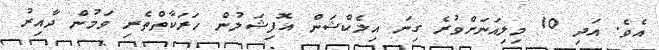
އެވެ. އަދި 10 މިލިއަނަށްވުރެ ގިނަ އިލެކްޝަން އޮފިޝަލުން ހަރަކާތްތެރި ވަމުން ދާއިރު